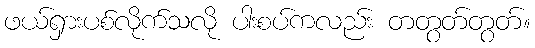
ဖယ်ရှားပစ်လိုက်သလို ပါးစပ်ကလည်း တတွတ်တွတ်။